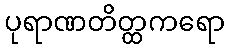
ပုရာဏတိတ္ထကရော